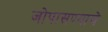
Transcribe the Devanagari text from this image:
जोपासण्याचे